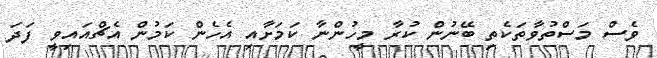
ވެސް މަސްތުވާތަކެތި ބޭނުން ކުރާ މީހުންނާ ކަމަށާއި އެހެން ކަމުން އެޗްއައިވީ ފަދަ